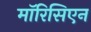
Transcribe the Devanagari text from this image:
मॉरिसिएन